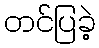
တင်ပြခဲ့